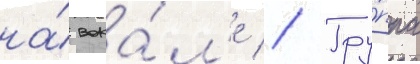
на́ вока́л'е // Гру́ппа